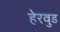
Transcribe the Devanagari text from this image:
हेरवुड